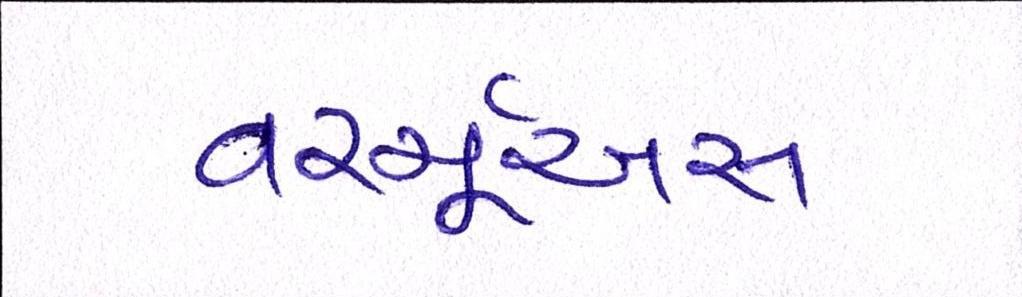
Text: વર્ચ્યૂઅસ